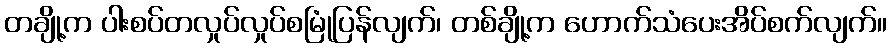
တချို့က ပါးစပ်တလှုပ်လှုပ်စမြုံပြန်လျက်၊ တစ်ချို့က ဟောက်သံပေးအိပ်စက်လျက်။